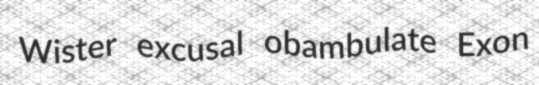
Wister excusal obambulate Exon